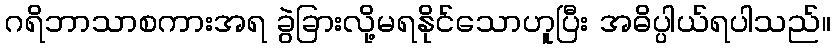
ဂရိဘာသာစကားအရ ခွဲခြားလို့မရနိုင်သောဟူပြီး အဓိပ္ပါယ်ရပါသည်။